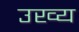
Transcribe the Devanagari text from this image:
उख्य